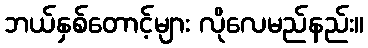
ဘယ်နှစ်တောင့်များ လိုလေမည်နည်း။